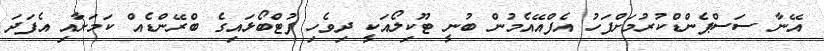
އޭނާ ސަސްޕެންޑްކުރުމަށްފަހު އެފްއޭއެމުން ބުނީ ޓޫކިލޯއަކީ ދިވެހި ފުޓްބޯޅައިގެ ބްރޭންޑެއް ކަމަށާއި އެފަދަ